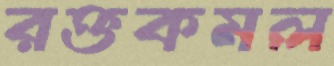
রক্তকমল